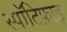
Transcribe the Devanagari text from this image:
स्पॉटिफ़ाइ